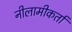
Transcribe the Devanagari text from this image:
नीलामीकर्ता